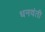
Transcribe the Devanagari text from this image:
धनवंती